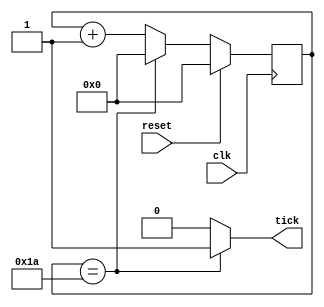

//////////////////////////////////////////////////////////////////////////////////
// Reference Book: FPGA Prototyping By Verilog Examples Xilinx Spartan-3 Version
// Authored by: Dr. Pong P. Chu
// Published by: Wiley
//
// Adapted for the Basys 3 Artix-7 FPGA by David J. Marion
//
//
// Modify for the Tiny Tapeout ASIC by Pongsagon Vichitvejpaisal, 22 May 2024
//
// Baud Rate Generator for the UART System
//
// Comments:
// - Many of the variable names have been changed for clarity

// For 9600 baud with 100MHz FPGA clock: 
// 9600 * 16 = 153,600
// 100 * 10^6 / 153,600 = ~651      (counter limit M)
// log2(651) = 10                   (counter bits N) 
//
// For 115,200 baud with 100MHz FPGA clock:
// 115,200 * 16 = 1,843,200
// 100 * 10^6 / 1,843,200 = ~54     (counter limit M)
// log2(52) = 6     				(counter bits N)
//
// For 115,200 baud with 50MHz ASIC clock:
// 50 * 10^6 / 1,843,200 = ~27     (counter limit M)
// log2(27) = 5     				(counter bits N)
//////////////////////////////////////////////////////////////////////////////////

//`timescale 1ns / 1ps


module baud_rate_generator
    #(              // 115,200 baud, clk = 50Mhz
        parameter   N = 5,     // number of counter bits
                    M = 27     // counter limit value
    )
    (
        input clk,       		// clk
        input reset,            // reset
        output tick             // sample tick
    );
    
    // Counter Register
    reg [N-1:0] counter;        // counter value
    wire [N-1:0] next;          // next counter value
    
    // Register Logic
    always @(posedge clk)
        if(reset)
            counter <= 0;
        else
            counter <= next;
            
    // Next Counter Value Logic
    assign next = (counter == (M-1)) ? 0 : counter + 1;
    
    // Output Logic
    assign tick = (counter == (M-1)) ? 1'b1 : 1'b0;
       
endmodule